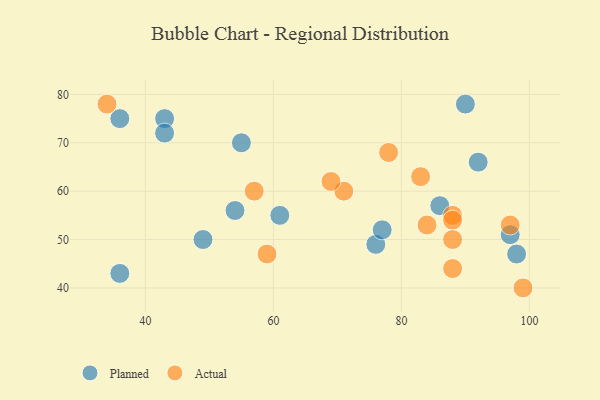
{"axis": {"x": "GDP", "y": "Life Expectancy"}, "legend": ["Actual", "Planned"], "data": [{"x": "90", "y": 78, "type": "Planned"}, {"x": "92", "y": 66, "type": "Planned"}, {"x": "97", "y": 51, "type": "Planned"}, {"x": "98", "y": 47, "type": "Planned"}, {"x": "61", "y": 55, "type": "Planned"}, {"x": "86", "y": 57, "type": "Planned"}, {"x": "43", "y": 75, "type": "Planned"}, {"x": "55", "y": 70, "type": "Planned"}, {"x": "76", "y": 49, "type": "Planned"}, {"x": "36", "y": 75, "type": "Planned"}, {"x": "36", "y": 43, "type": "Planned"}, {"x": "77", "y": 52, "type": "Planned"}, {"x": "49", "y": 50, "type": "Planned"}, {"x": "54", "y": 56, "type": "Planned"}, {"x": "43", "y": 72, "type": "Planned"}, {"x": "88", "y": 55, "type": "Actual"}, {"x": "71", "y": 60, "type": "Actual"}, {"x": "84", "y": 53, "type": "Actual"}, {"x": "88", "y": 44, "type": "Actual"}, {"x": "88", "y": 54, "type": "Actual"}, {"x": "57", "y": 60, "type": "Actual"}, {"x": "83", "y": 63, "type": "Actual"}, {"x": "88", "y": 50, "type": "Actual"}, {"x": "69", "y": 62, "type": "Actual"}, {"x": "34", "y": 78, "type": "Actual"}, {"x": "99", "y": 40, "type": "Actual"}, {"x": "78", "y": 68, "type": "Actual"}, {"x": "59", "y": 47, "type": "Actual"}, {"x": "97", "y": 53, "type": "Actual"}]}